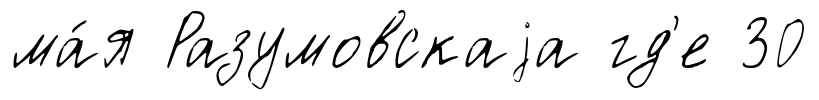
ма́я Разумовскаjа гд'е 30